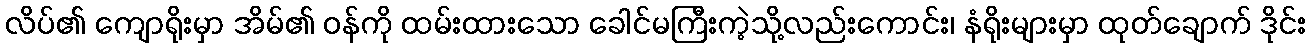
လိပ်၏ ကျောရိုးမှာ အိမ်၏ ဝန်ကို ထမ်းထားသော ခေါင်မကြီးကဲ့သို့လည်းကောင်း၊ နံရိုးများမှာ ထုတ်ချောက် ဒိုင်း